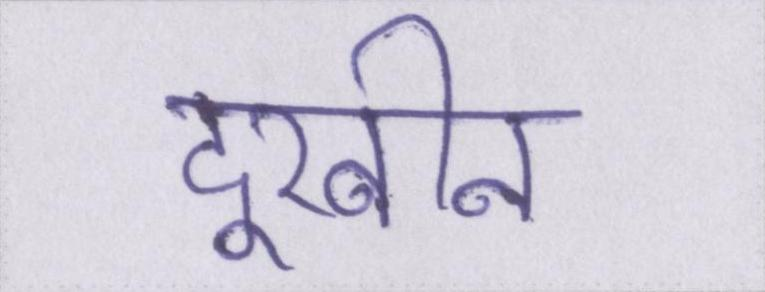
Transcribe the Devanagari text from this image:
दूरबीन